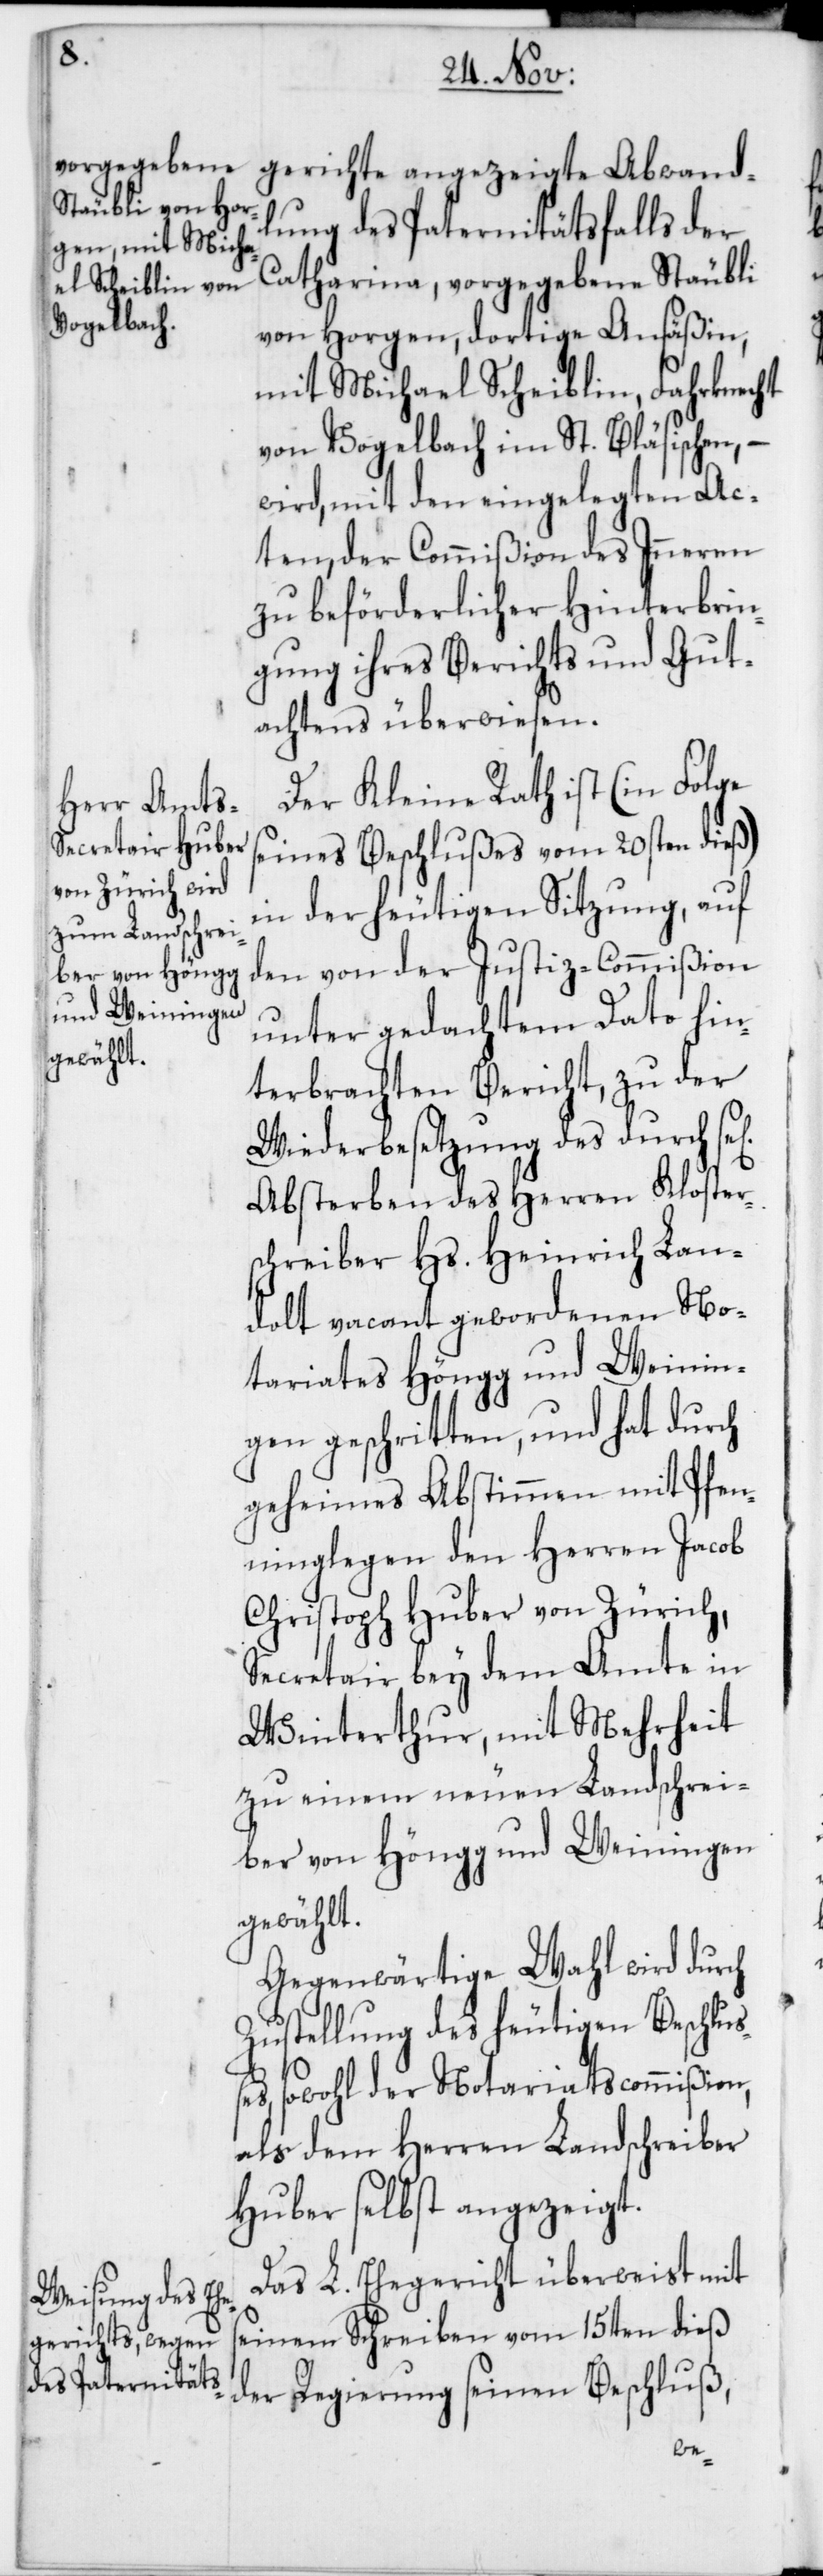
dlung des Paternitätsfalls der
Catharina, vorgegebene Stäubli
von Horgen, dortige Ansäßin,
mit Michael Scheiblin, Fahrknecht
von Vogelbach im St. Bläsischen, –
wird mit den eingelegten Ac¬
ten der Commißion des Inneren
zu beförderlicher Hinterbrin¬
gung ihres Berichts und Gut¬
achtens überwiesen.
Der Kleine Rath ist (in Folge
seines Beschlußes vom 20sten dieß)
in der heutigen Sitzung, auf
den von der Justiz-Commißion
unter gedachtem Dato hin¬
terbrachten Bericht, zu der
Wiederbesetzung des durch
Absterben des Herren Klosters¬
chreiber Hs. Heinrich Lan¬
dolt vacant gewordenen No¬
tariates Höngg und Weinin¬
gen geschritten und hat durch
geheimes Abstimmen mit Pfen¬
ninglegen den Herren Jacob
Christoph Huber von Zürich,
Secretair bey dem Amte in
Winterthur, mit Mehrheit
zu einem neuen Landschrei¬
ber von Höngg und Weiningen
gewählt.
Gegenwärtige Wahl wird durch
Zustellung des heutigen Beschluß¬
es sowohl der Notariatscommißion
als dem Herren Landschreiber
Huber selbst angezeigt.
Das L. Ehegericht überweist mit
seinem Schreiben vom 15ten dieß
der Regierung seinen Beschluß,
Abwan¬